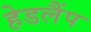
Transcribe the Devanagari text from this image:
हेडलैंप